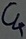
Text: C4